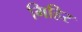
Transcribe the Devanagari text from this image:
गिहिर